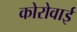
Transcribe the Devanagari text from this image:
कोरोवाई